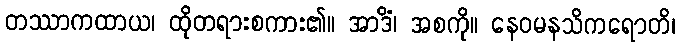
တဿာကထာယ၊ ထိုတရားစကား၏။ အာဒိံ၊ အစကို။ နေဝမနသိကရောတိ၊